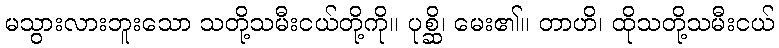
မသွားလားဘူးသော သတို့သမီးငယ်တို့ကို။ ပုစ္ဆိ၊ မေး၏။ တာဟိ၊ ထိုသတို့သမီးငယ်